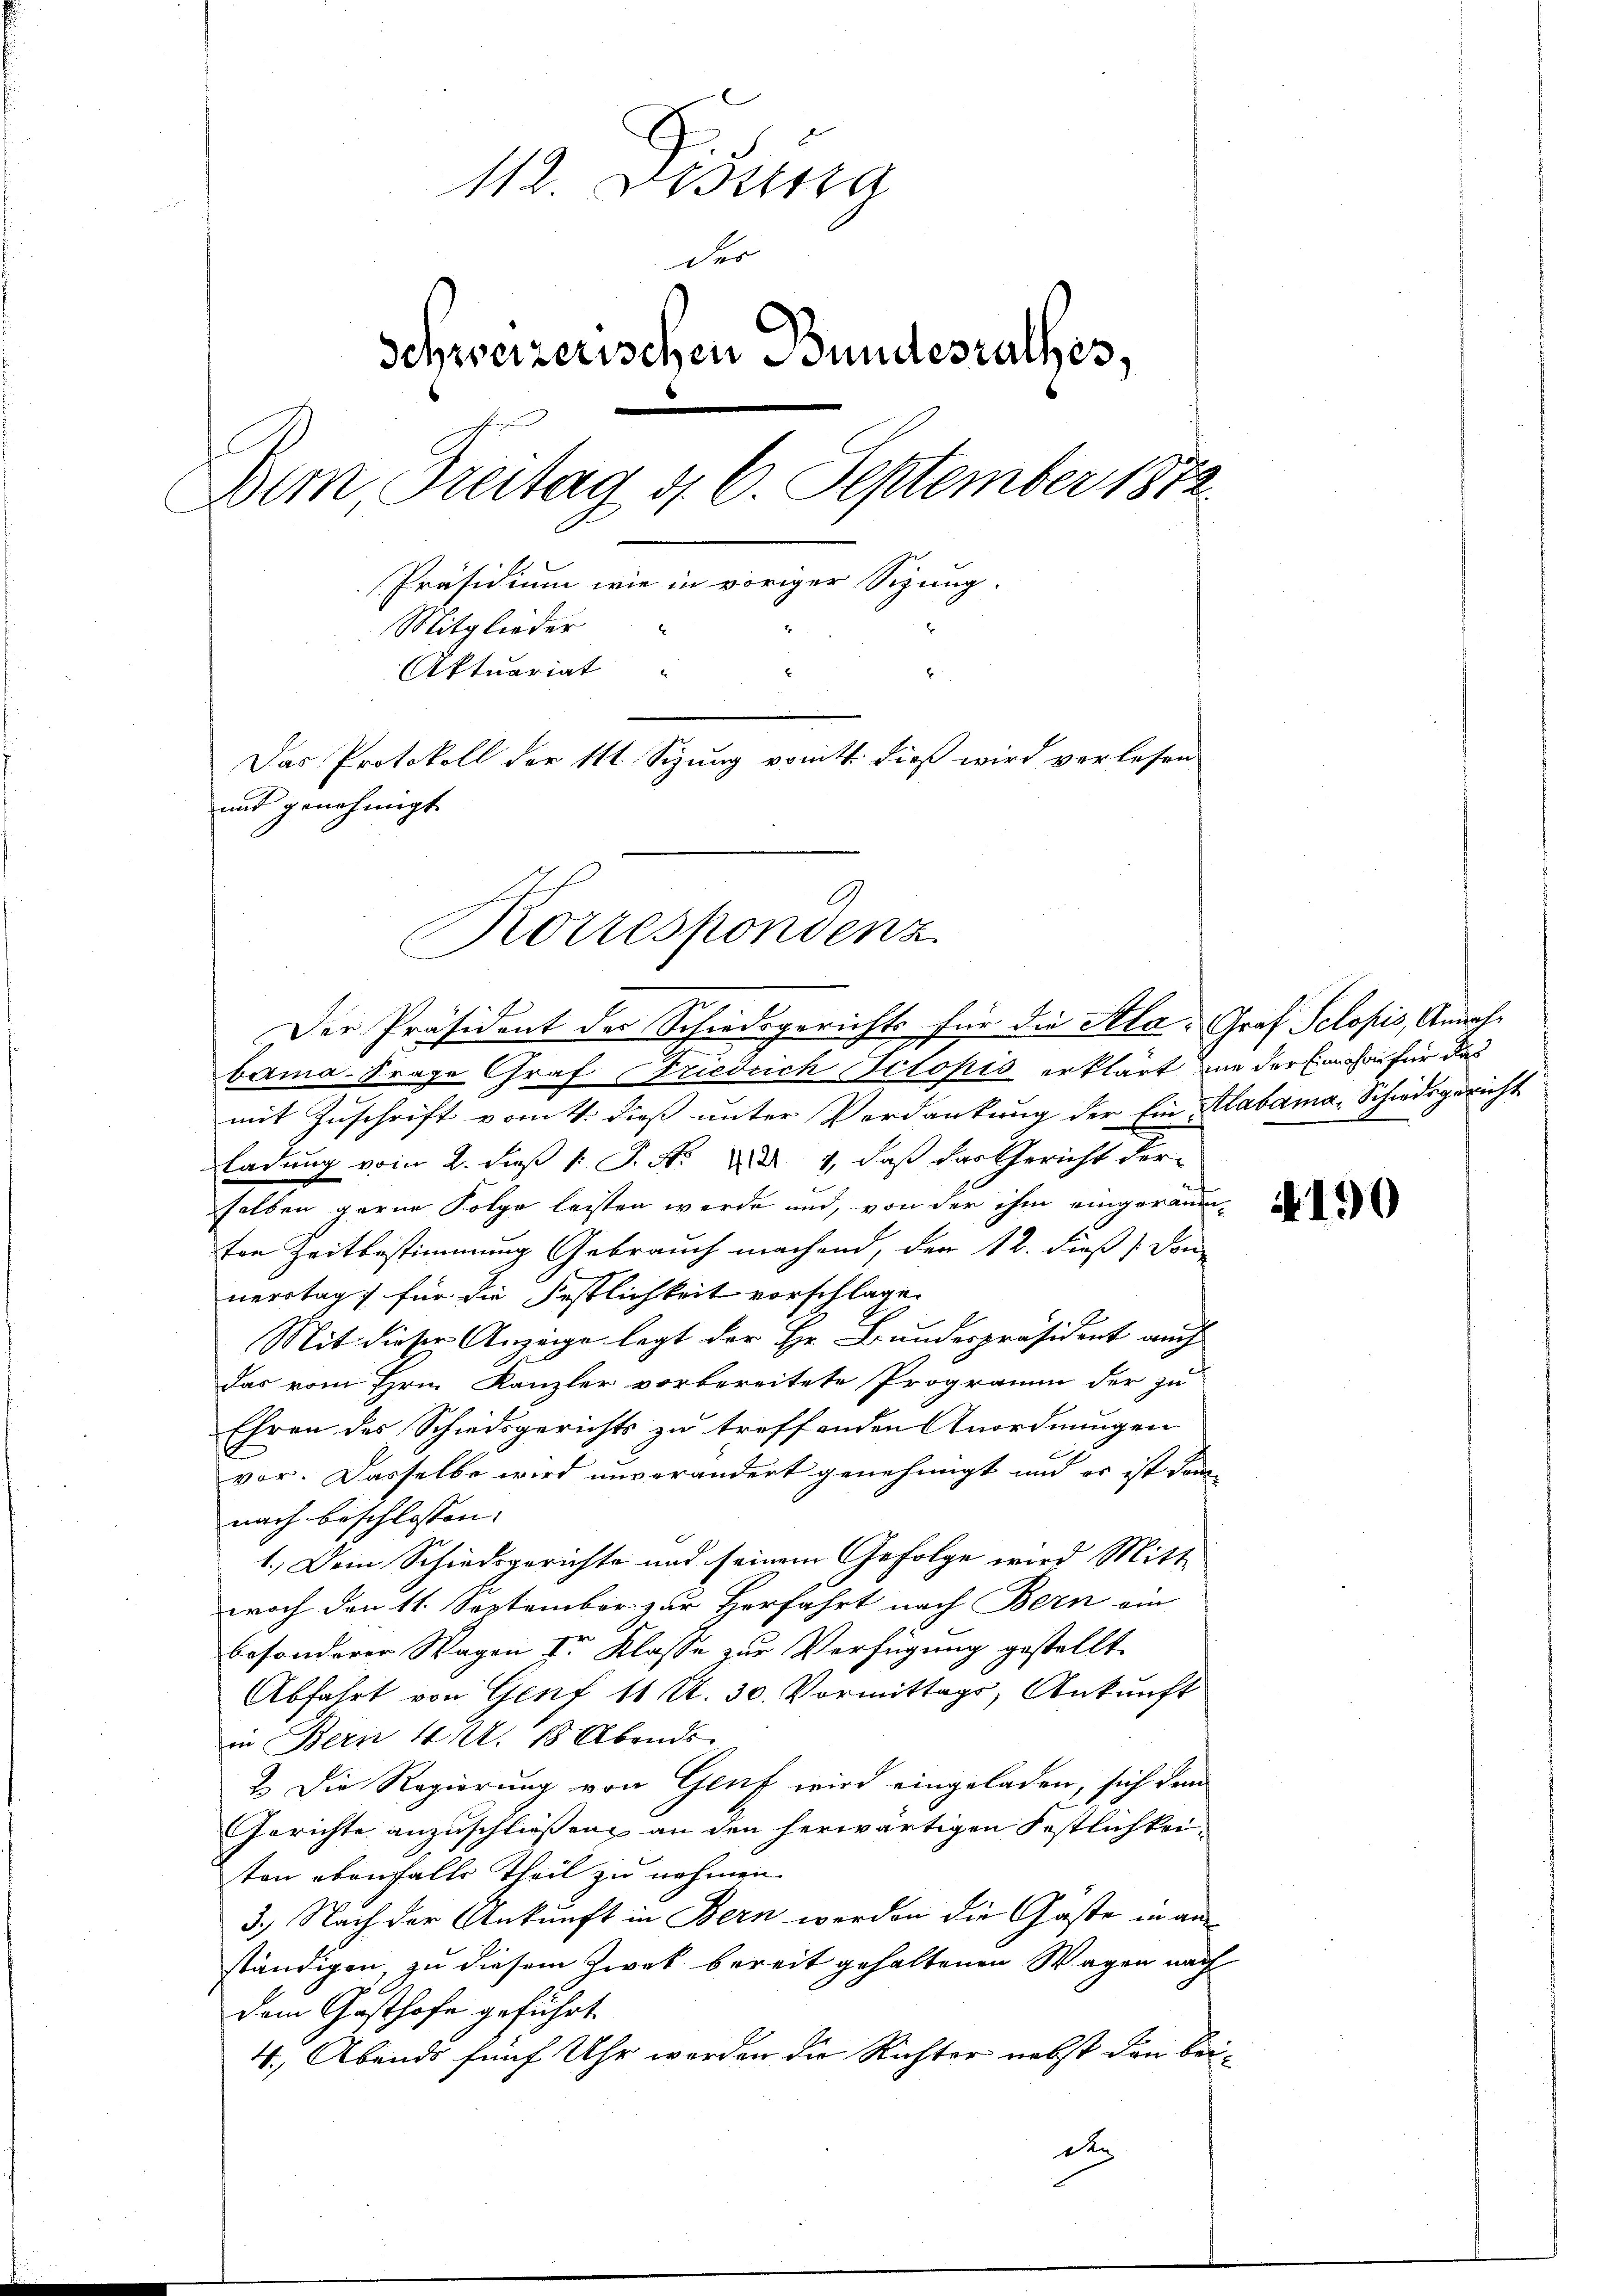
112. Besetzg
der
Schweizerischen Bundesrathes,
Dem Breitag d. 6. September 1872
Präsidium wie in voriger Sizung.
E
Mitglieder
4
Aktuariat " "
E
Das Protokoll der 111 Sizung vonitt dieß wird verlesen
und genehmigt

Korrespondenz
Der Präsident der Schiedsgerichts für die Atla: Graf Schopis, Annah¬

bama-Frage Graf Friedrich Ictoris erklärt von der Einnahme für das
mit Zuschrift vom 4. dieß unter Verdankung der Ein Klabama-Schiedsgericht
ladung vom 2. daß 1 S. Nr. 2 d. 4, daß das Gericht der
selben gerne Folge leisten werde und, von der ihm eingeräum-
ten Zeitbestimmung Gebrauch machend, den 12. dieß / Son
nerstag für die Festlichkeit vorschlage.
Mit dieser Anzeige legt der Hr. Bundespräsident auch
das vom Hrn. Kanzler vorbereitete Programm der zu
Ehren des Schiedsgerichts zu treffenden Anordnungen
vor. Dasselbe wird unverändert genehmigt und es ist dan
nach beschlossen:
1.) Dein Schiedsgerichte und seinem Gefolge wird Mitt
woch den 11. September zur Herfahrt nach Bern ein
besonderer Wagen I. Klasse zur Verfügung gestellt.
Abfahrt von Genf 11 Al. 30. Vormittags, Ankunft
in Bern 4 M. 18 Abends
2. Die Regierung von Genf wird eingeladen, sich dem
Gerichte anzuschließen an den herwärtigen Festlichkeiten ebenfalls theil zu nehmen.
3.) Nach der Ankunft in Bern werden die Gaste in an
ständigen zu diesem Zwek bereit gehaltenen Wagen nach
dem Gasthofe geführt
4. Abends fünf Uhr werden die Richter nebst den beid

190